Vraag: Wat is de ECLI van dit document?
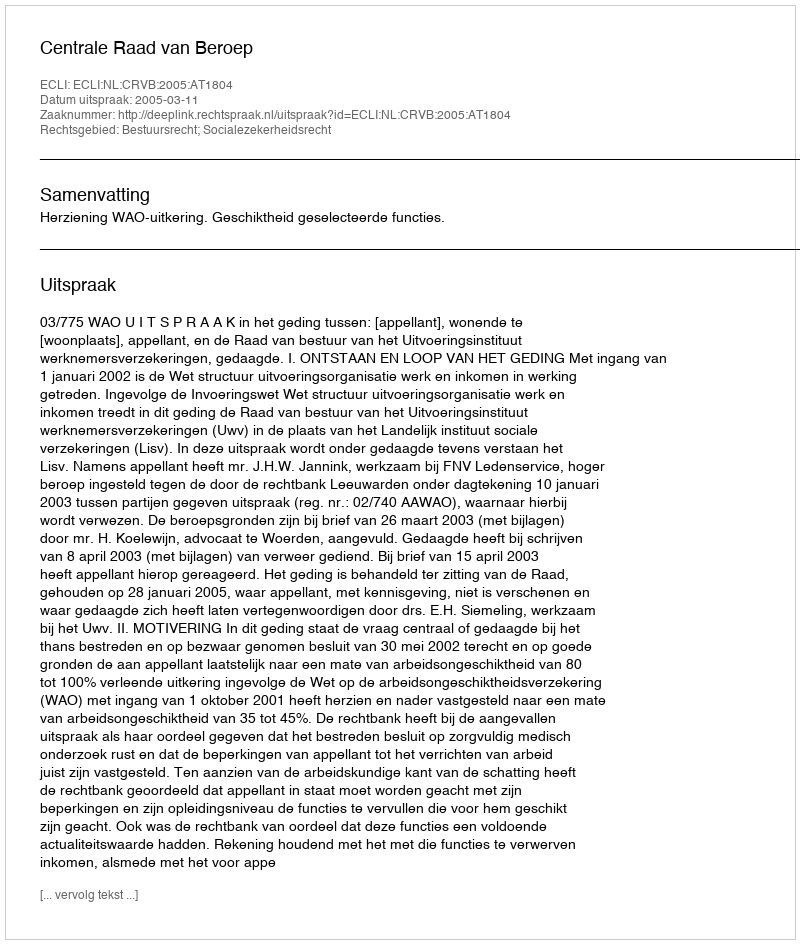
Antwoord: ECLI:NL:CRVB:2005:AT1804